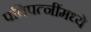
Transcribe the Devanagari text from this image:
पतिपत्‍नींमध्ये